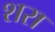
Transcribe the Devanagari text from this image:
शरा